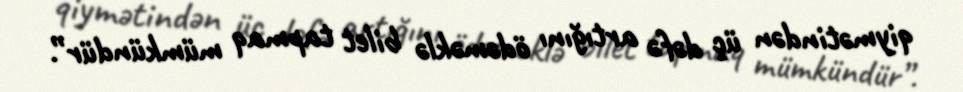
qiymətindən üç dəfə artığını ödəməklə bilet tapmaq mümkündür”.